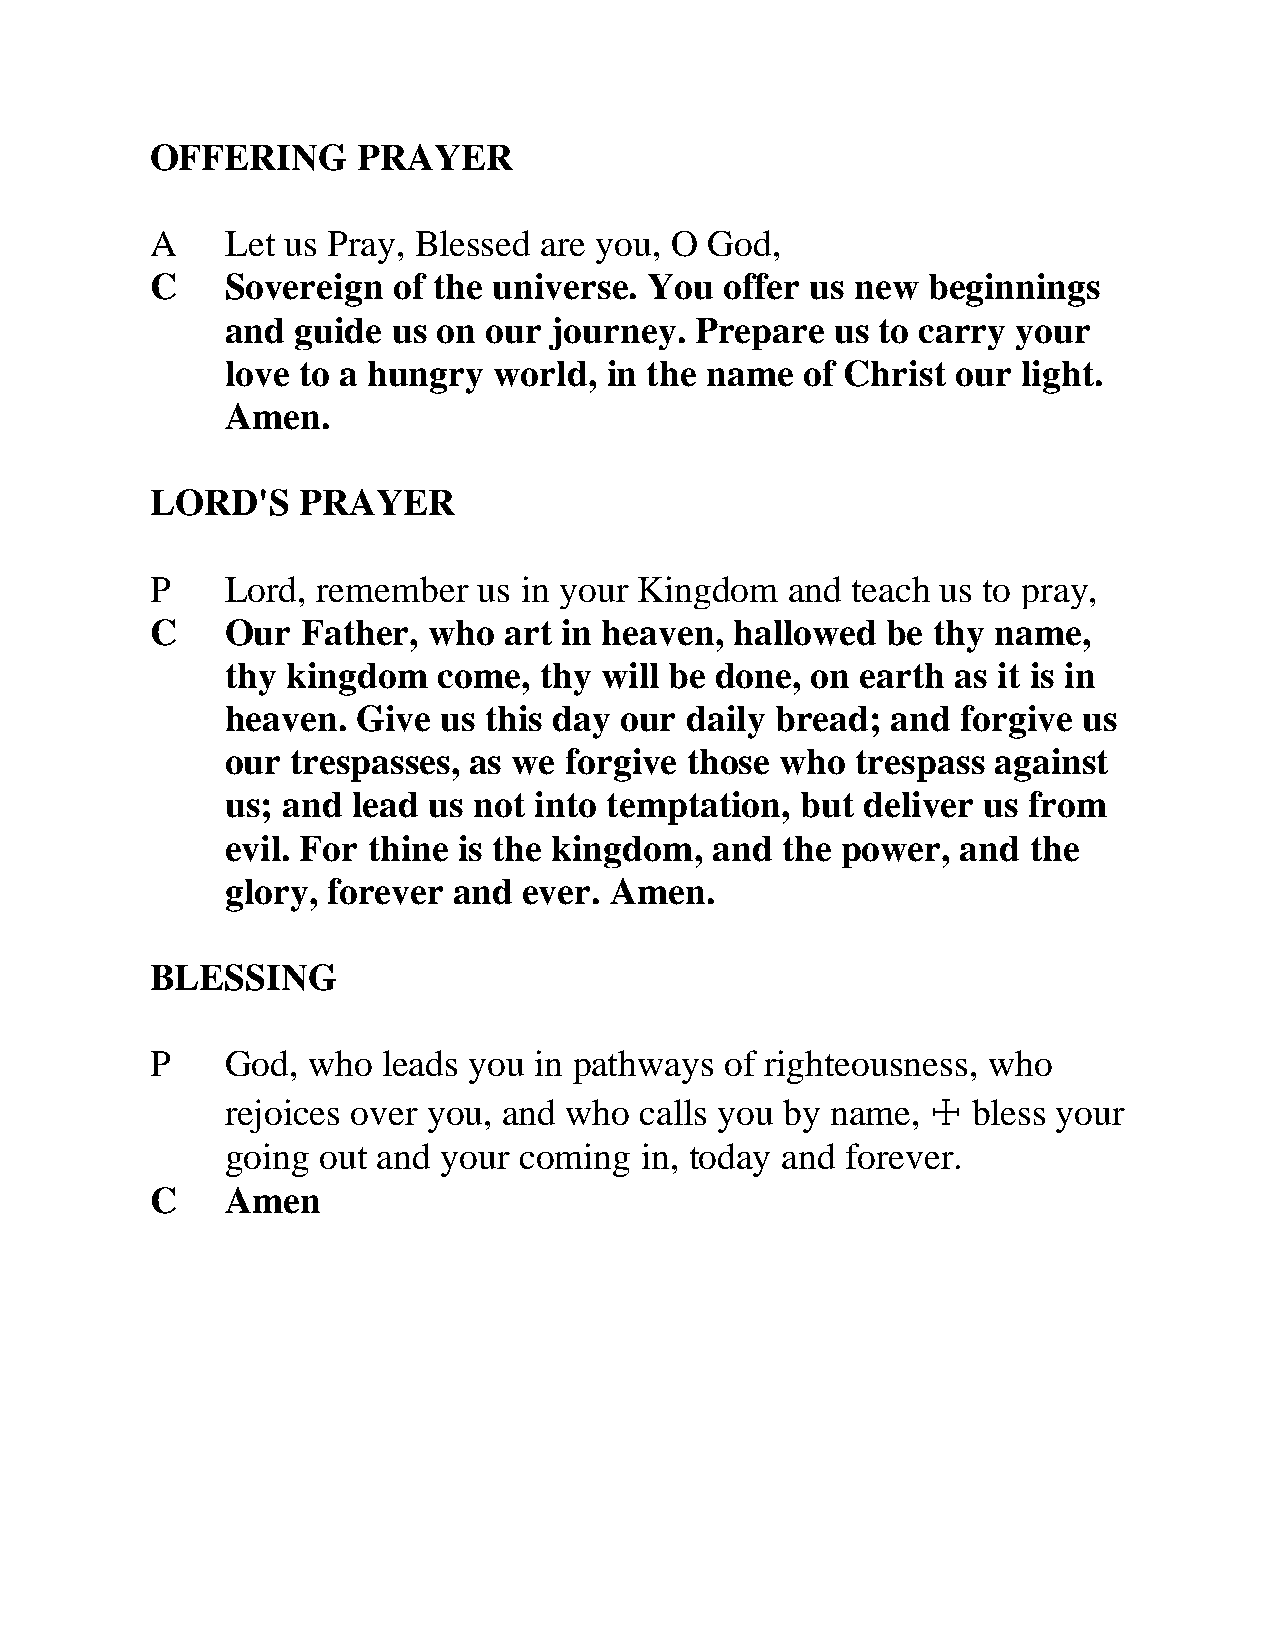
OFFERING      PRAYER
 A    Let us Pray, Blessed are you, O God,
 C    Sovereign  of the universe. You  offer us new beginnings
 and  guide us on our journey.  Prepare  us to carry your
 love to a hungry  world, in the name  of Christ our  light.
 Amen.
 LORD'S    PRAYER
 P    Lord, remember   us in your Kingdom  and teach us to pray,
 C    Our  Father, who  art in heaven,  hallowed  be thy name,
 thy kingdom   come,  thy will be done, on earth as it is in
 heaven.  Give us this day our daily bread;  and  forgive us
 our trespasses, as we forgive  those who  trespass against
 us; and lead us not into temptation,  but deliver us from
 evil. For thine is the kingdom, and  the power,  and the
 glory, forever and  ever. Amen.
 BLESSING
 P    God, who  leads you in pathways  of righteousness, who
 rejoices over you, and who calls you by name,  ☩ bless your
 going out and your coming  in, today and forever.
 C    Amen